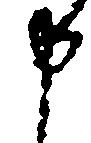
申